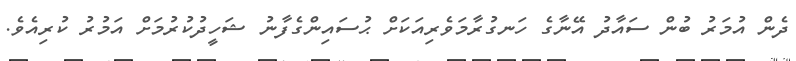
ދެން އުމަރު ބުން ސައާދު އޭނާގެ ހަނގުރާމަވެރިއަކަށް ޙުސައިންގެފާނު ޝަހީދުކުރުމަށް އަމުރު ކުރިއެވެ.